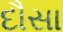
દૌસા